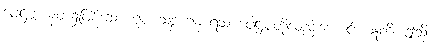
ဖေါဋ္ဌဗ္ဗံ၊ နတ်၌ဖြစ်သော ရူပ သဒ္ဒ ဂန္ဓ ရသ ဖေါဋ္ဌဗ္ဗတို့လည်းကောင်း။ ဣတိ၊ ဤသို့။